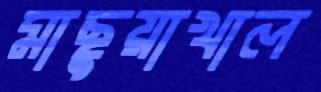
মাছুয়াখাল